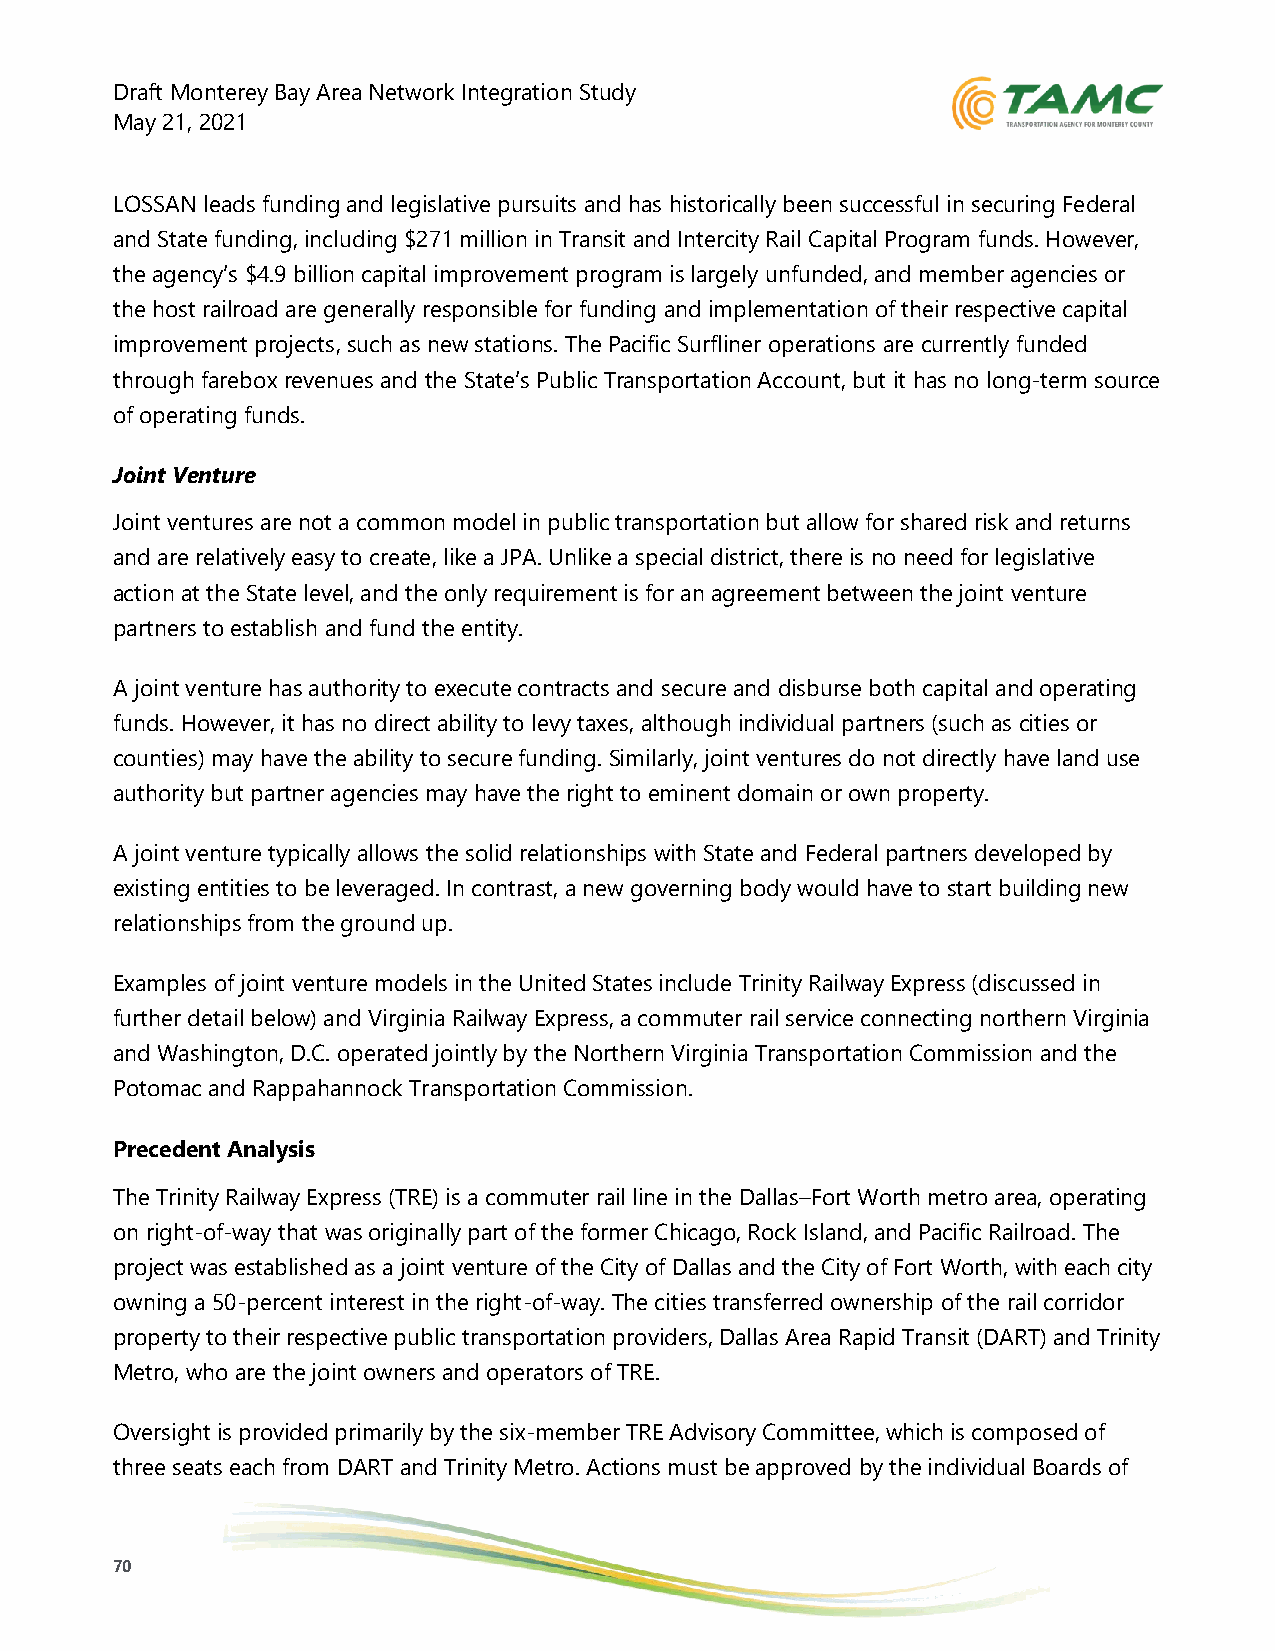
Draft Monterey Bay Area Network Integration Study
 May 21, 2021
 LOSSAN leads funding and legislative pursuits and has historically been successful in securing Federal
 and State funding, including $271 million in Transit and Intercity Rail Capital Program funds. However,
 the agency’s $4.9 billion capital improvement program is largely unfunded, and member agencies or
 the host railroad are generally responsible for funding and implementation of their respective capital
 improvement projects, such as new stations. The Pacific Surfliner operations are currently funded
 through farebox revenues and the State’s Public Transportation Account, but it has no long-term source
 of operating funds.
 Joint Venture
 Joint ventures are not a common model in public transportation but allow for shared risk and returns
 and are relatively easy to create, like a JPA. Unlike a special district, there is no need for legislative
 action at the State level, and the only requirement is for an agreement between the joint venture
 partners to establish and fund the entity.
 A joint venture has authority to execute contracts and secure and disburse both capital and operating
 funds. However, it has no direct ability to levy taxes, although individual partners (such as cities or
 counties) may have the ability to secure funding. Similarly, joint ventures do not directly have land use
 authority but partner agencies may have the right to eminent domain or own property.
 A joint venture typically allows the solid relationships with State and Federal partners developed by
 existing entities to be leveraged. In contrast, a new governing body would have to start building new
 relationships from the ground up.
 Examples of joint venture models in the United States include Trinity Railway Express (discussed in
 further detail below) and Virginia Railway Express, a commuter rail service connecting northern Virginia
 and Washington, D.C. operated jointly by the Northern Virginia Transportation Commission and the
 Potomac and Rappahannock Transportation Commission.
 Precedent Analysis
 The Trinity Railway Express (TRE) is a commuter rail line in the Dallas–Fort Worth metro area, operating
 on right-of-way that was originally part of the former Chicago, Rock Island, and Pacific Railroad. The
 project was established as a joint venture of the City of Dallas and the City of Fort Worth, with each city
 owning a 50-percent interest in the right-of-way. The cities transferred ownership of the rail corridor
 property to their respective public transportation providers, Dallas Area Rapid Transit (DART) and Trinity
 Metro, who are the joint owners and operators of TRE.
 Oversight is provided primarily by the six-member TRE Advisory Committee, which is composed of
 three seats each from DART and Trinity Metro. Actions must be approved by the individual Boards of
 70